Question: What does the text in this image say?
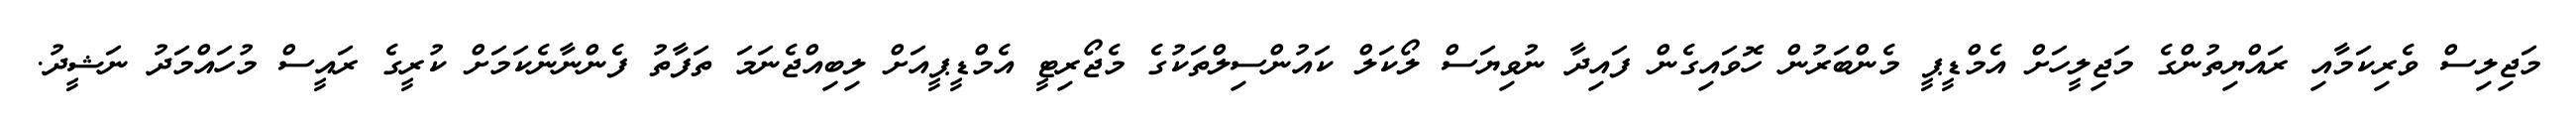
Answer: މަޖިލިސް ވެރިކަމާއި ރައްޔިތުންގެ މަޖިލީހަށް އެމްޑީޕީ މެންބަރުން ހޮވައިގެން ފައިދާ ނުވިޔަސް ލޯކަލް ކައުންސިލްތަކުގެ މެޖޯރިޓީ އެމްޑީޕީއަށް ލިބިއްޖެނަމަ ތަފާތު ފެންނާނެކަމަށް ކުރީގެ ރައީސް މުހައްމަދު ނަޝީދު.